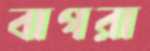
বাগরা